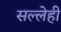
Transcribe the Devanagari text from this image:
सल्लेही